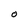
Character: O